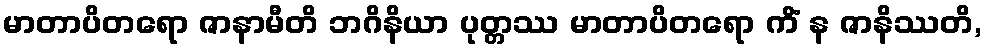
မာတာပိတရော ဇာနာမီတိ ဘဂိနိယာ ပုတ္တဿ မာတာပိတရော ကိံ န ဇာနိဿတိ,